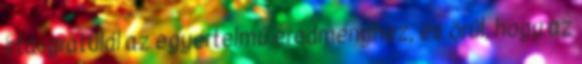
írta: gratulál az egyértelmű eredményhez, és örül, hogy az